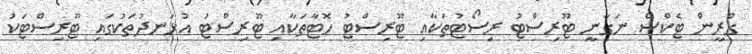
ގްރީން ޓެކްސް ނަގާނީ ޓޫރިސްޓު ރިސޯޓުތަކާއި ޓޫރިސްޓު ހޮޓާތަކާއި ޓޫރިސްޓު އުޅަނދުތަކުގައި ޓޫރިސްޓަކު